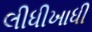
લીધીખાધી